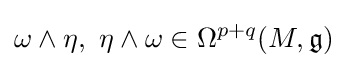
\omega \wedge \eta ,\ \eta \wedge \omega \in \Omega ^{p+q}(M,{\mathfrak {g}})